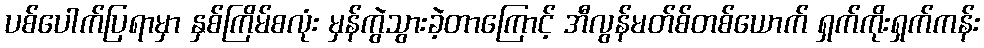
ပစ်ပေါက်ပြရာမှာ နှစ်ကြိမ်စလုံး မှန်ကွဲသွားခဲ့တာကြောင့် အီလွန်မတ်စ်တစ်ယောက် ရှက်ကိုးရှက်ကန်း